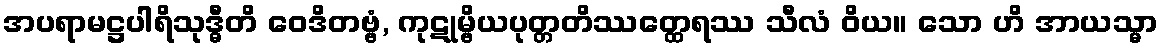
အပရာမဋ္ဌပါရိသုဒ္ဓီတိ ဝေဒိတဗ္ဗံ, ကုဋုမ္ဗိယပုတ္တတိဿတ္ထေရဿ သီလံ ဝိယ။ သော ဟိ အာယသ္မာ